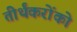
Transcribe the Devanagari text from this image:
तीर्थंकरोंको